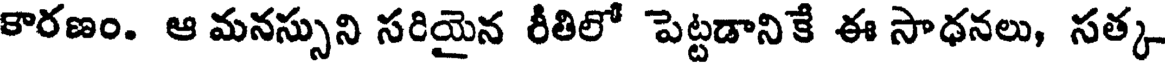
కారణం. ఆ మనస్సుని సరియైన రీతిలో పెట్టడానికే ఈ సాధనలు, సత్క